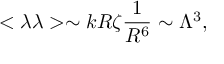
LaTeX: < \lambda \lambda > \sim k R \zeta \frac { 1 } { R ^ { 6 } } \sim \Lambda ^ { 3 } ,